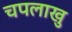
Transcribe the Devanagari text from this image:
चपलाखु